Leningradi_Edasi_toimetus, lk 22
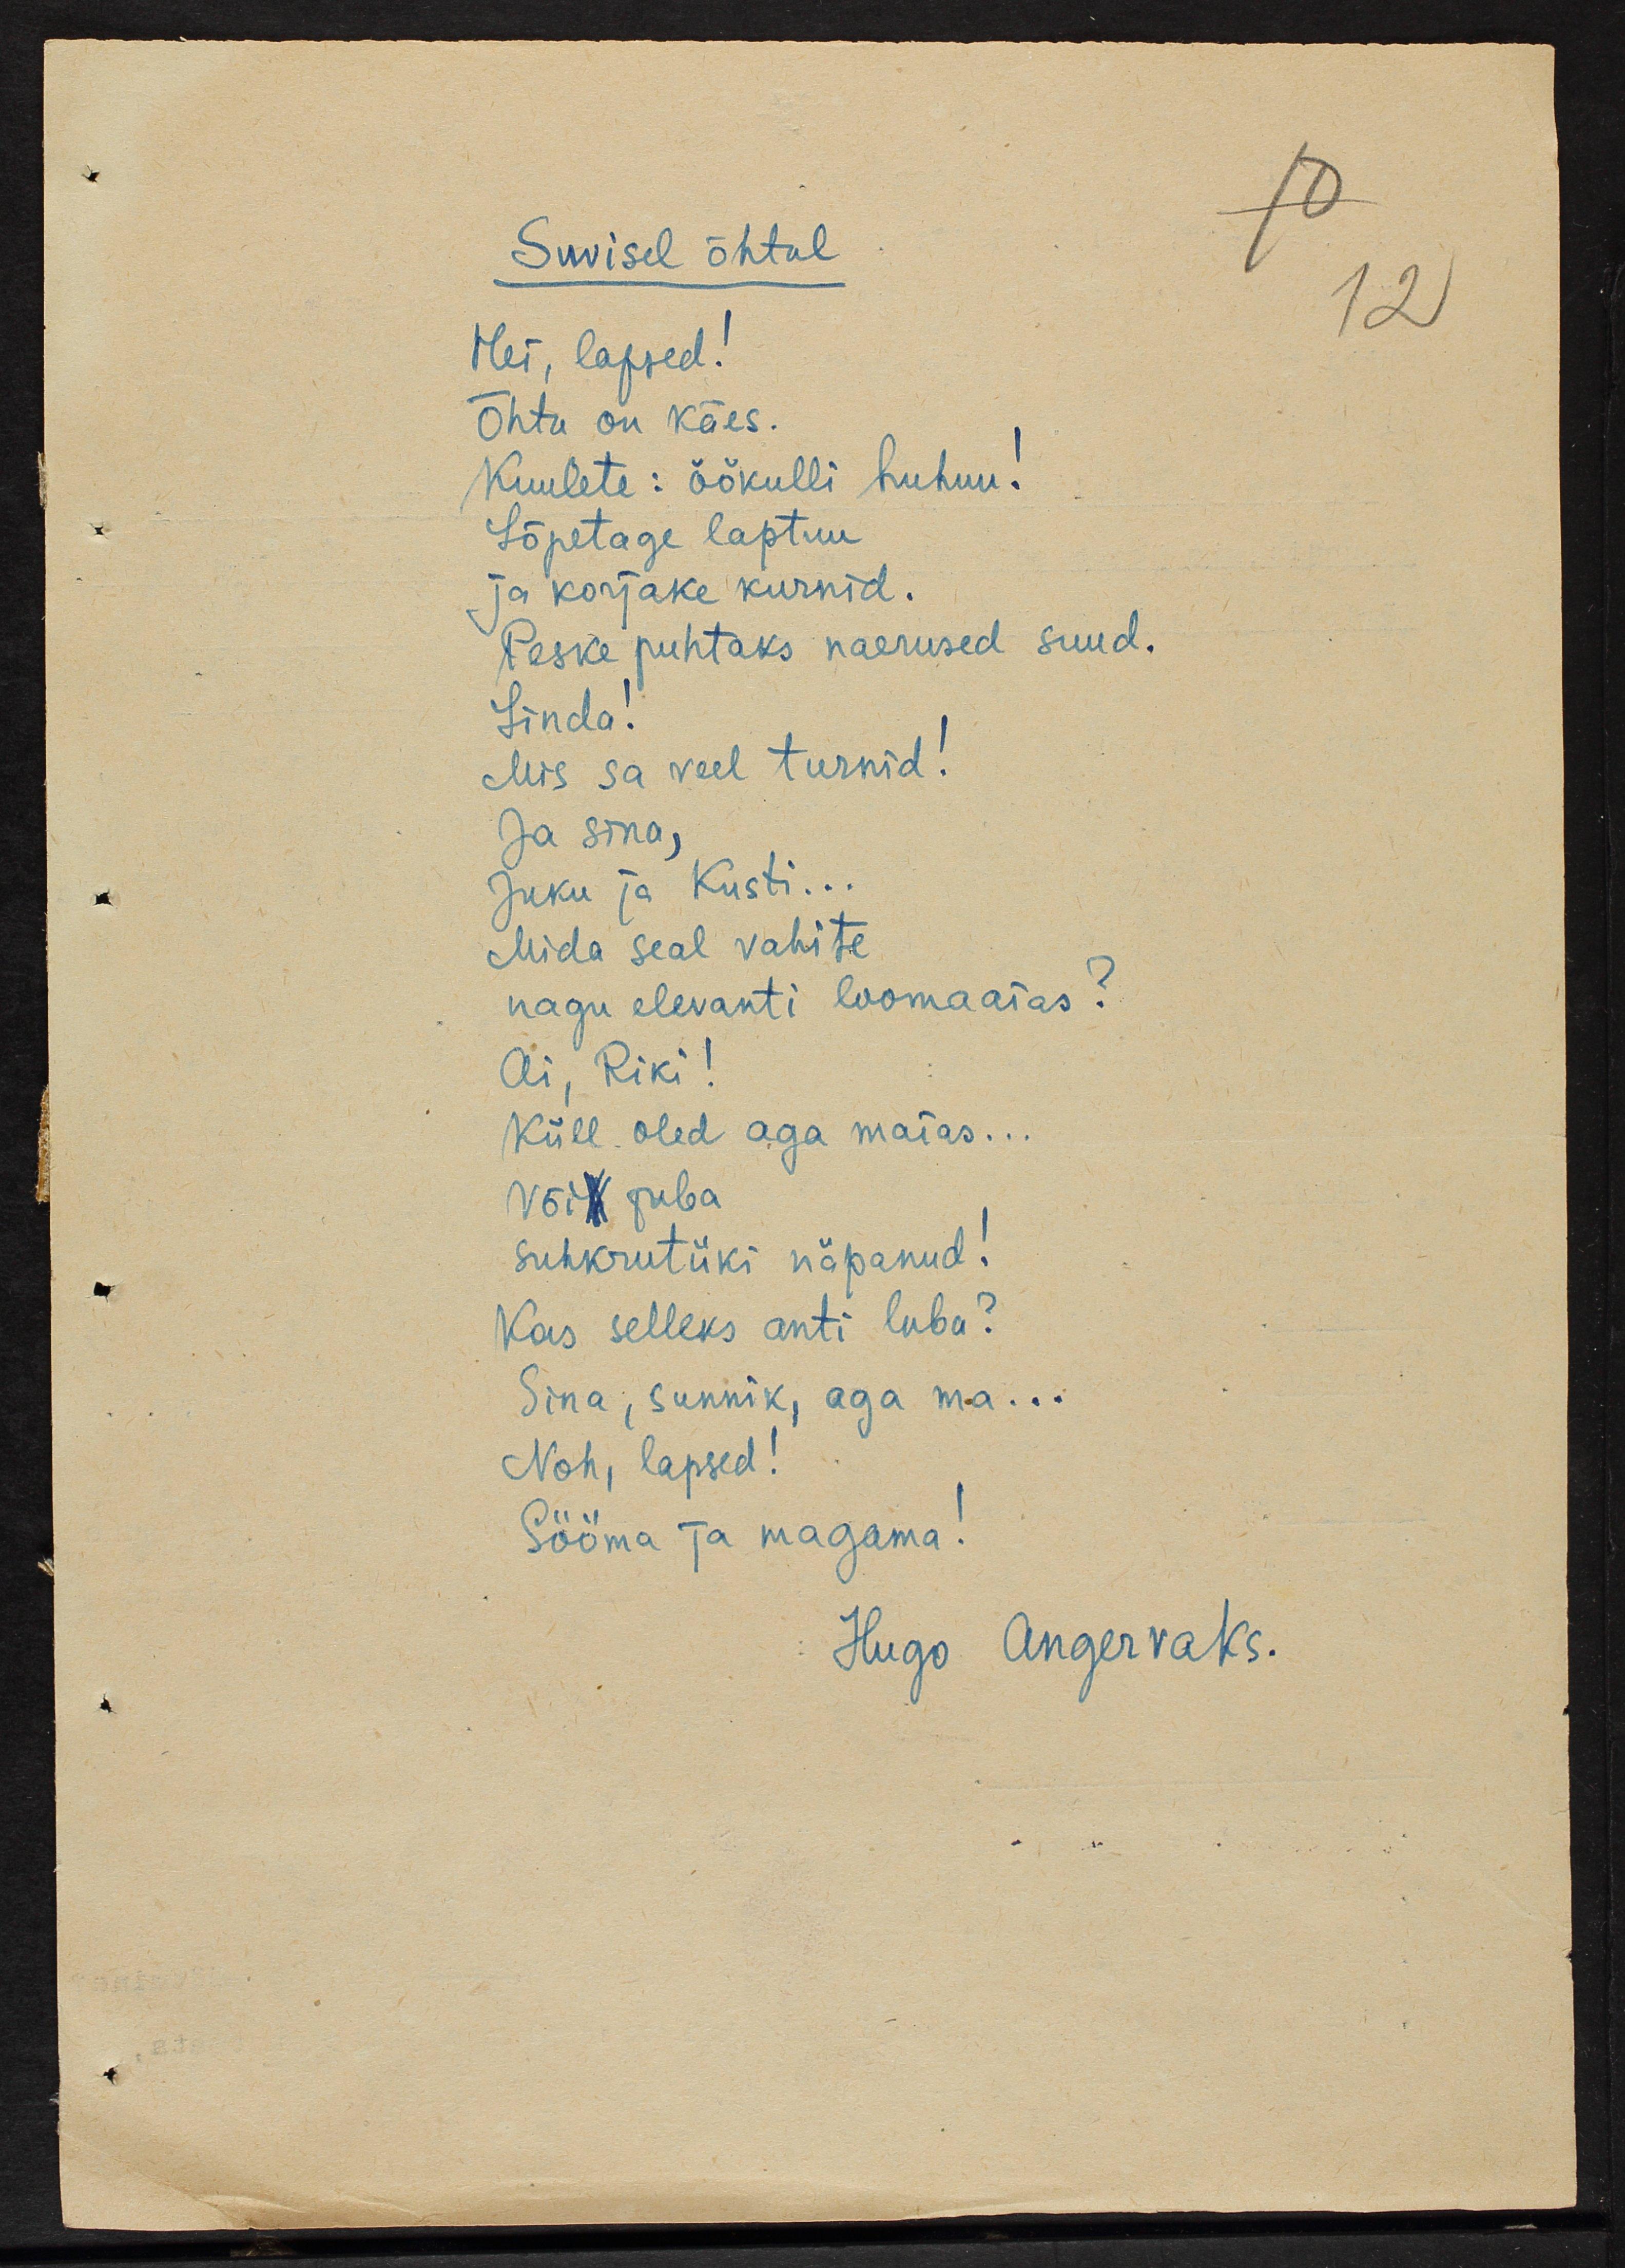
Suvisel õhtul
Hei, lapsed!
Õhtu on käes.
Kuulete: öökulli huhuu!
Lõpetage laptuu
ja korjake kurnid.
Peske puhataks naerused suud.
Linda!
Mis sa seel turnid!
Ja sina,
Juku ja Kusti ...
Mida seal vahite
nagu elevanti loomaias?
Ai, Riki!
Küll oled aga maias...
Või juba
suhkrutüki näpanud!
Kas selleks anti luba?
Sina, sunnik, aga ma ...
Noh, lapsed!
Sööma ja magama!
Hugo Angervaks

12